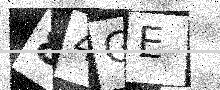
Text: 84GE